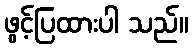
ဖွင့်ပြထားပါ သည်။